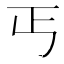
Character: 丐